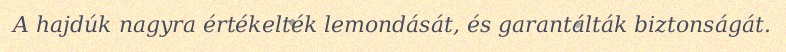
A hajdúk nagyra értékelték lemondását, és garantálták biztonságát.